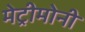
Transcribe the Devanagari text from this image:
मेट्रीमोनी